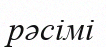
рәсімі